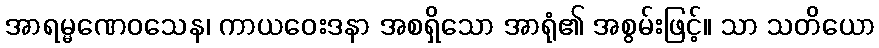
အာရမ္မဏေဝသေန၊ ကာယဝေးဒနာ အစရှိသော အာရုံ၏ အစွမ်းဖြင့်။ သာ သတိယော